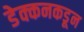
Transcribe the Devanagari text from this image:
डेक्कनकडून